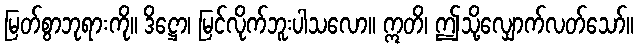
မြတ်စွာဘုရားကို။ ဒိဋ္ဌော၊ မြင်လိုက်ဘူးပါသလော။ ဣတိ၊ ဤသို့လျှောက်လတ်သော်။